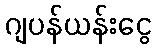
ဂျပန်ယန်းငွေ